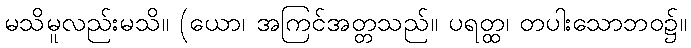
မသိမူလည်းမသိ။ (ယော၊ အကြင်အတ္တသည်။ ပရတ္ထ၊ တပါးသောဘဝ၌။